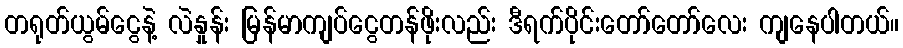
တရုတ်ယွမ်ငွေနဲ့ လဲနှုန်း မြန်မာကျပ်ငွေတန်ဖိုးလည်း ဒီရက်ပိုင်းတော်တော်လေး ကျနေပါတယ်။